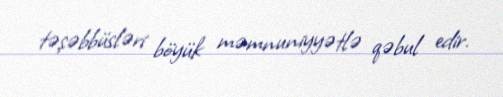
təşəbbüsləri böyük məmnuniyyətlə qəbul edir.